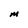
Character: M